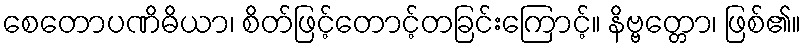
စေတောပဏိဓိယာ၊ စိတ်ဖြင့်တောင့်တခြင်းကြောင့်။ နိဗ္ဗတ္တော၊ ဖြစ်၏။